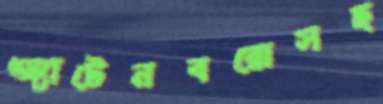
অ্যাটেনবরোসহ